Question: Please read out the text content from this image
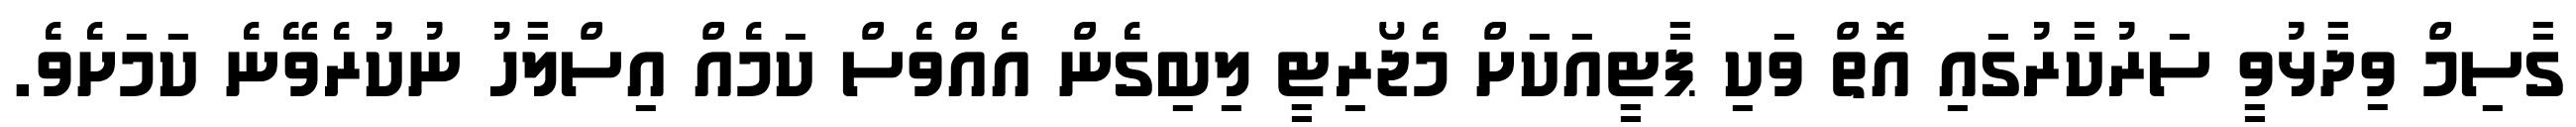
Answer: ގާސިމް ވިދާޅުވީ ސަރުކާރުގައި އޮތް ވަކި ޕާޓީއަކަށް މެޖޯރިޓީ ލިބިގެން އެއްވެސް ކަމެއް އިސްލާހު ނުކުރެވޭނެ ކަމަށެވެ.